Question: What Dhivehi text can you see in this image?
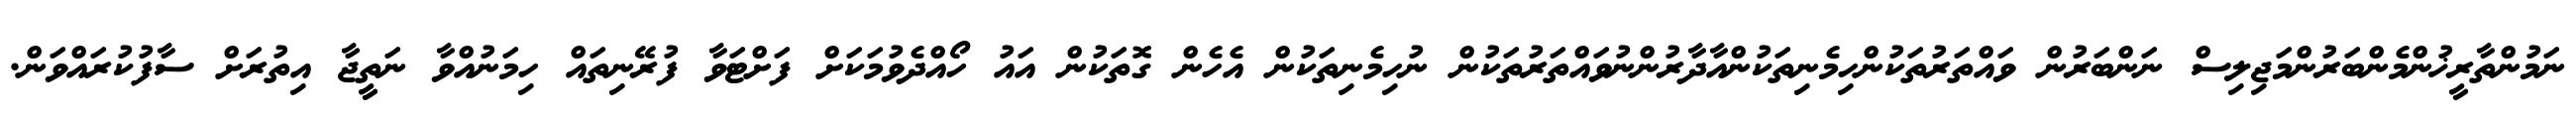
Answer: ނަމުންތާރީޚުންމެންބަރުންމަޖިލިސް ނަންބަރުން ވައްތަރުތަކުންހިމެނިތަކުންއާދާރުންނުވައްތަރުތަކުން ނުހިމެނިތަކުން އެހެން ގޮތަކުން އައު ހޯއްދެވުމަކަށް ފަށްޓަވާ ފުރޭނިތައް ހިމަނުއްވާ ނަތީޖާ އިތުރަށް ސާފުކުރައްވަން.